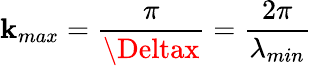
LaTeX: \mathbf{k}_{max}=\frac{{\pi}}{{\Deltax}}=\frac{{2\pi}}{{\lambda_{min}}}